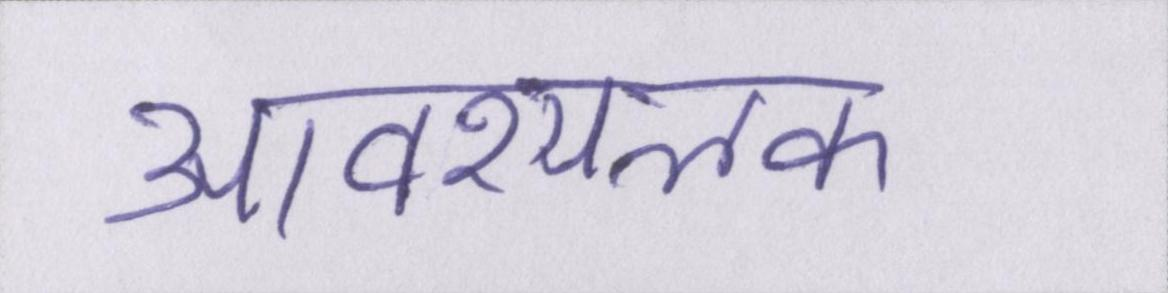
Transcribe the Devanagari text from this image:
आवश्यलक